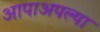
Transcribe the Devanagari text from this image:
आपाअपल्या